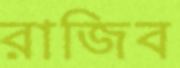
রাজিব